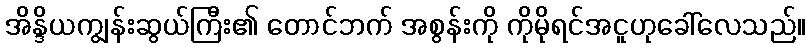
အိန္ဒိယကျွန်းဆွယ်ကြီး၏ တောင်ဘက် အစွန်းကို ကိုမိုရင်အငူဟုခေါ်လေသည်။